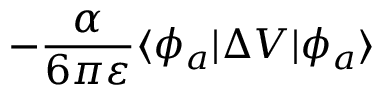
- \frac { \alpha } { 6 \pi \varepsilon } \langle \phi _ { a } | \Delta V | \phi _ { a } \rangle